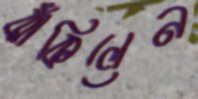
ঝাঁকিলেন